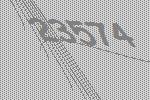
23574